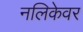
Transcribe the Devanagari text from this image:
नलिकेवर